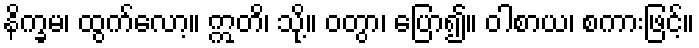
နိက္ခမ၊ ထွက်လော့။ ဣတိ၊ သို့။ ဝတွာ၊ ပြော၍။ ဝါစာယ၊ စကားဖြင့်။